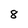
Character: 8